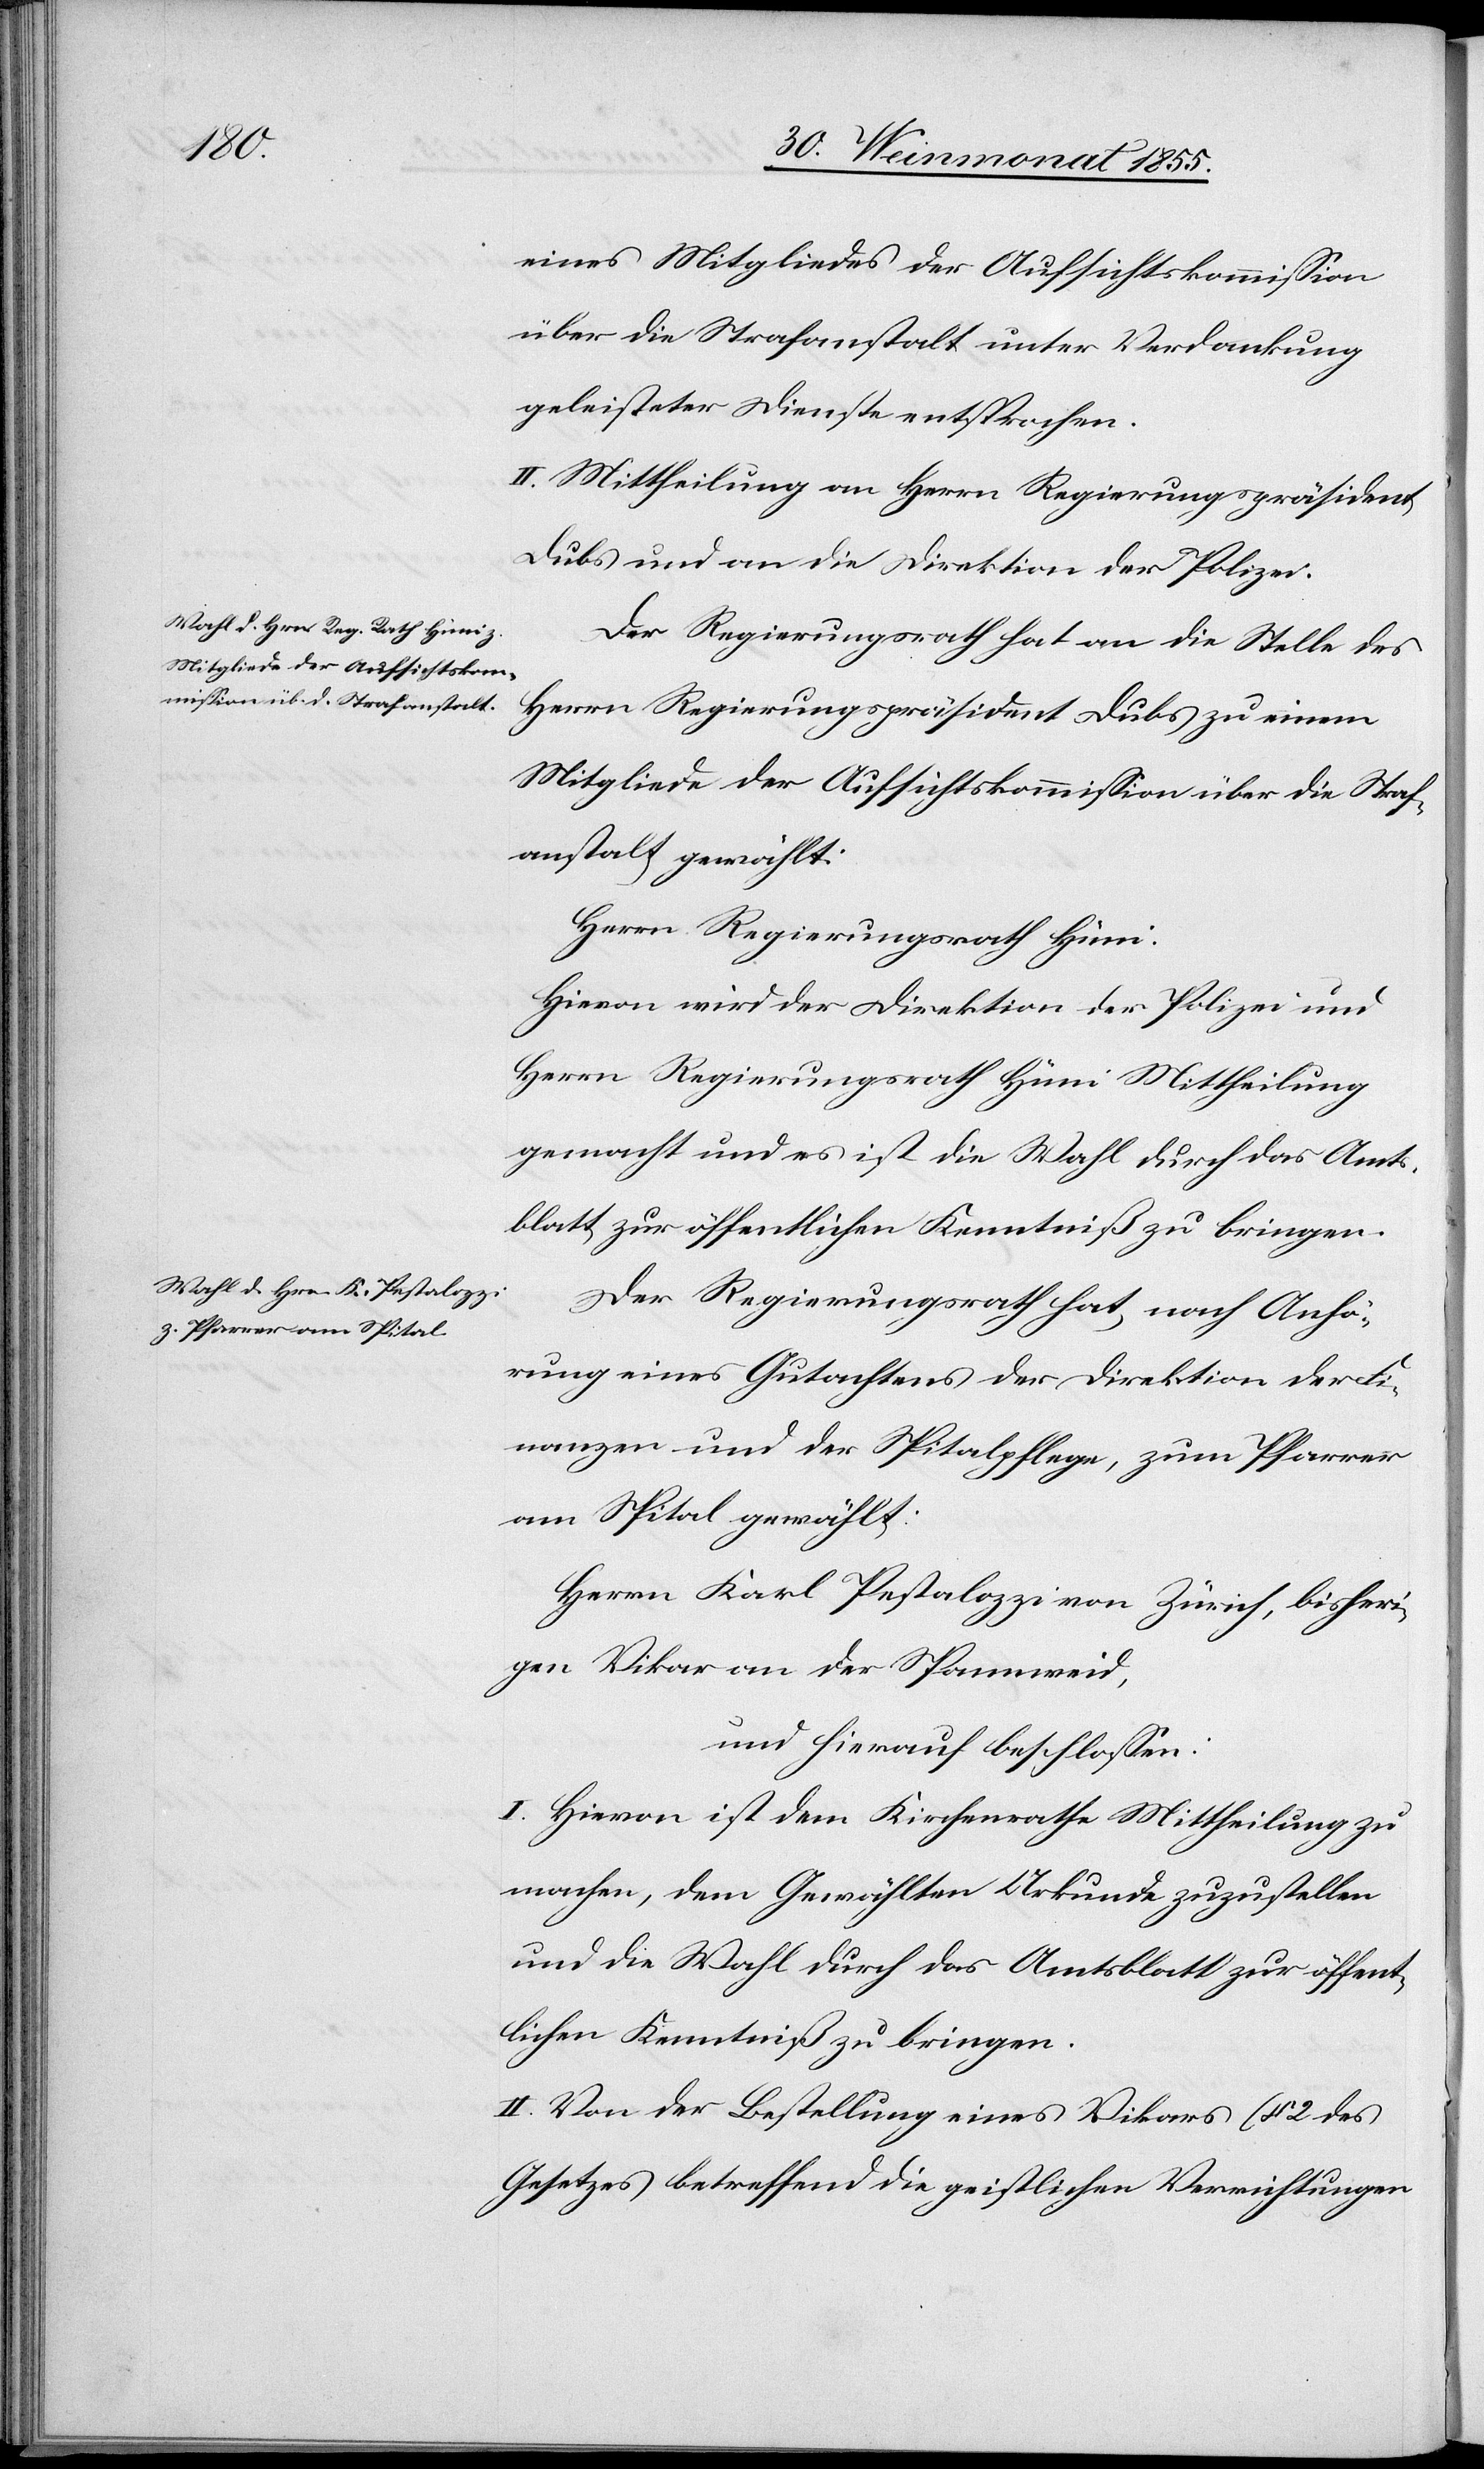
eines Mitgliedes der Aufsichtskommission
über die Strafanstalt unter Verdankung
geleisteter Dienste entsprochen.
II. Mittheilung an Herrn Regierungspräsident
Dubs und an die Direktion der Polizei.
Der Regierungsrath hat an die Stelle des
Herrn Regierungspräsident Dubs zu einem
Mitgliede der Aufsichtskommission über die Straf¬
anstalt gewählt:
Herrn Regierungsrath Hüni.
Hievon wird der Direktion der Polizei und
Herrn Regierungsrath Hüni Mittheilung
gemacht und es ist die Wahl durch das Amts¬
blatt zur öffentlichen Kenntniß zu bringen.
Der Regierungsrath hat, nach Anhö¬
rung eines Gutachtens der Direktion der Fi¬
nanzen und der Spitalpflege, zum Pfarrer
am Spital gewählt:
Herrn Karl Pestalozzi von Zürich, bisheri¬
gen Vikar an der Spannweid,
und hierauf beschlossen:
I. Hievon ist dem Kirchenrathe Mittheilung zu
machen, dem Gewählten Urkunde zuzustellen
und die Wahl durch das Amtsblatt zur öffent¬
lichen Kenntniß zu bringen.
II. Von der Bestellung eines Vikars (§ 2 des
Gesetzes betreffend die geistlichen Verrichtungen